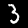
Label: 3